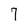
Character: 7